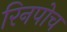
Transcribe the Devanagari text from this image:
रिनपोच